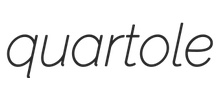
quartole